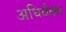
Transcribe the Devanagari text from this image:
अधिर्वक्य